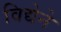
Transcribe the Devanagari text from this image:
विद्येने